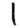
Digit: 1